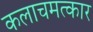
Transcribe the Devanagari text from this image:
कलाचमत्कार